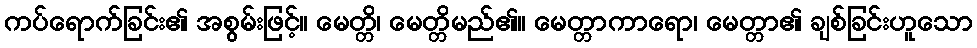
ကပ်ရောက်ခြင်း၏ အစွမ်းဖြင့်။ မေတ္တိ၊ မေတ္တိမည်၏။ မေတ္တာကာရော၊ မေတ္တာ၏ ချစ်ခြင်းဟူသော